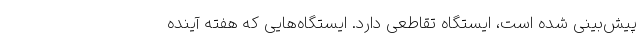
پیش‌بینی شده است، ایستگاه تقاطعی دارد. ایستگاه‌هایی که هفته آینده